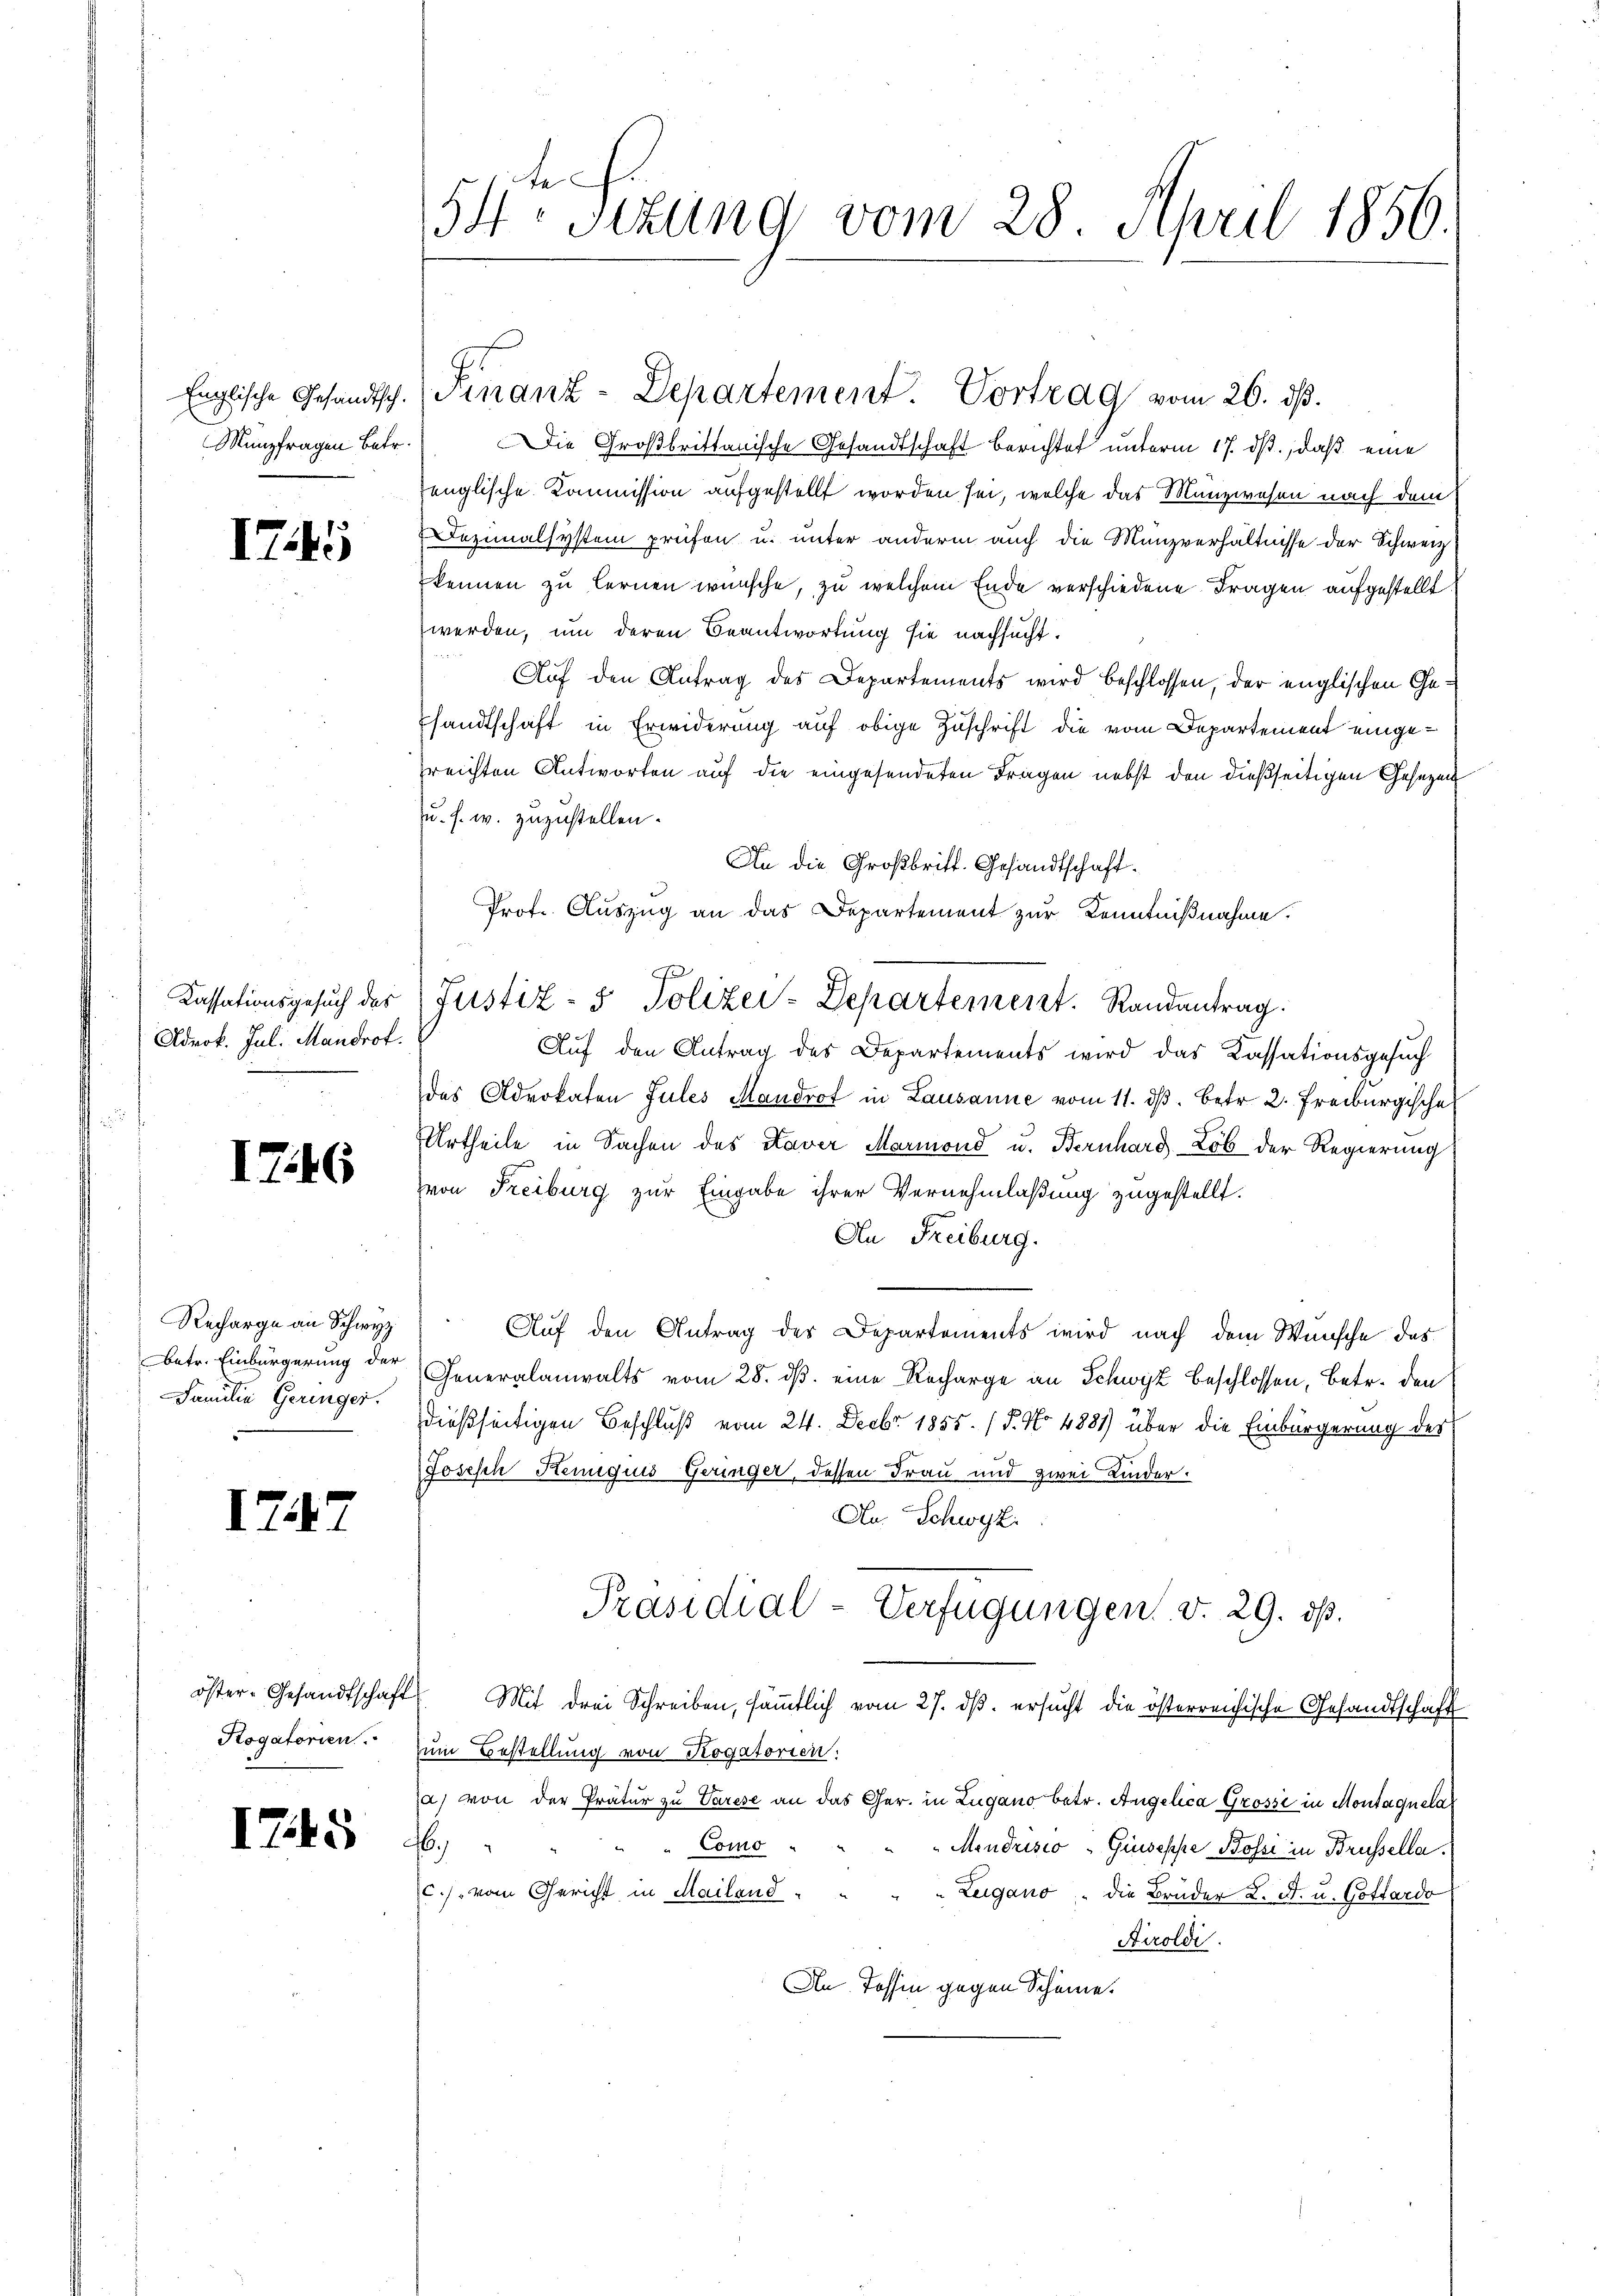
Münzfragen Betr.

I75

Adrok. Jul. Mandrot.

I746

Recharge an Schwyz
Familie Geringer.

1747

Rogatorien.

1745

Die Großbrittanische Gesandtschaft berichtet unterm 17. ds., daß eine
senglische Kommission aufgestellt worden sei, welche das Munzwesen nach dem
Dazinalsystem prüfen u. unter anderm auch die Münzverhältnisse der Schweiz
kennen zu lernen wünsche, zu welchem Ende verschiedene Fragen aufgestellt.
werden, um deren Beantwortung sie nachsucht.
Auf den Antrag des Departements wird beschlossen, der englischen Gesandtschaft in Erwiderung auf obige Zuschrift die vom Departement eingesreichten Antworten auf die eingesendeten Fragen nebst den dießseitigen Gesezen
u. s. w. zuzustellen.
An die Großbritt. Gesandtschaft.
Prof. Auszug an das Departement zur Kenntnißnahme.
Kassationsgesŭch der Justiz- & Polizei-Departement. Randantrag.
Aŭf den Antrag des Departements wird das Kassationsgesŭch
des Advokaten Jules Mandrot in Lausanne vom 11. ds. betr. 2. Freiburgische
Urtheile in Sachen des Kaver Marmond u. Bernhard Lob der Regierung
von Freiburg zur Eingabe ihrer Vernehmlaßung zugestellt.
An Freiburg.
Auf den Antrag des Departements wird nach dem Wunsche das
betr. Einbürgerung der Generalanwalts vom 28. ds. eine Recharge an Schwyz beschlossen, betr. den
dießseitigen Beschluß vom 24. Decbr. 1855. (T. No 4881) über die Einbürgerung der
Joseph Keniquis Geringer, dessen Frau und zwei Kinder.
An Schwyz
Präsidial-Verfügungen v. 29. ds.
öster- Gesandtschaft Mit drei Schreiben, sämmtlich vom 27. dβ. ersucht die österreichische Gesandtschaft
zum Bestellung von Rogatorien:
(a) von der Pratur zu Varese an das Ger. in Lugano betr. Angelica Grossi in Montaquela
6
Como
Mendrisco Giuseppe Bossi in Brüssella.
c./. vom Gericht in Mailand
„Lugano die Bruder L. St. u. Gottardo
Airoldi
An Tessin gegen Scheine.

54ten Sizung vom 28. April 1856.

Englische Gesandtsch. Finanz-Departement. Vortrag vom 26. ds.